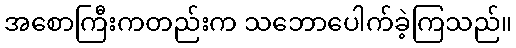
အစောကြီးကတည်းက သဘောပေါက်ခဲ့ကြသည်။